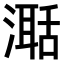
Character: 𣽅